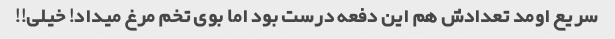
سریع اومد تعدادش هم این دفعه درست بود اما بوی تخم مرغ میداد! خیلی!!